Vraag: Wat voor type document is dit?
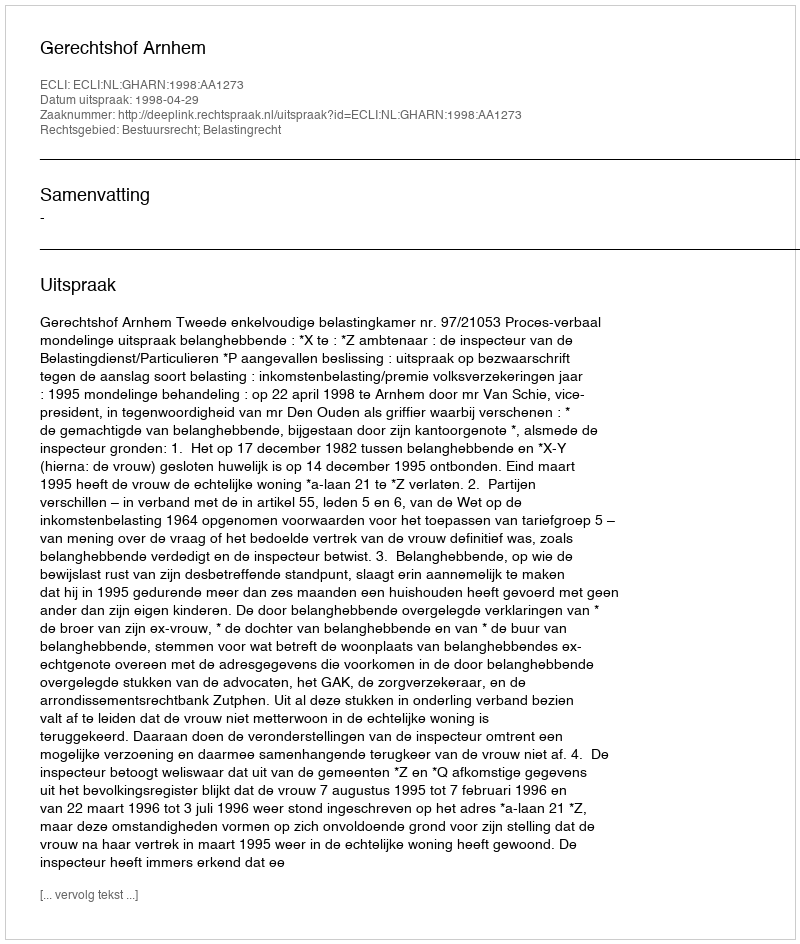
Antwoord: Uitspraak